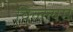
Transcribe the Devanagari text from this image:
विल्ल्यम